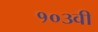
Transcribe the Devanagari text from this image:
१०३वी